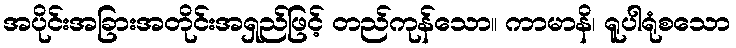
အပိုင်းအခြားအတိုင်းအရှည်ဖြင့် တည်ကုန်သော။ ကာမာနိ၊ ရူပါရုံစသော